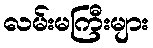
လမ်းမကြီးများ